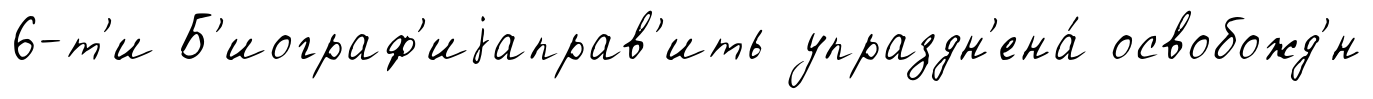
6-т'и Б'иограф'иjаправ'ить упраздн'ена́ освобожд'́н